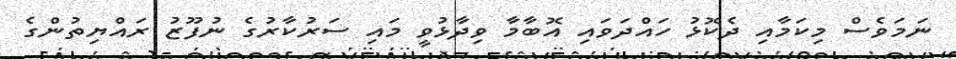
ނަމަވެސް މިކަމާއި ދެކޮޅު ހައްދަވައި އޮބާމާ ވިދާޅުވީ މައި ސަރުކާރުގެ ނުފޫޒު ރައްޔިތުންގެ